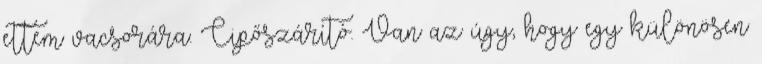
ettem vacsorára. Cipőszárító. Van az úgy, hogy egy különösen